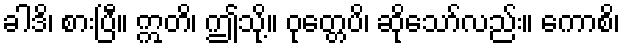
ခါဒိ၊ စားပြီ။ ဣတိ၊ ဤသို့။ ဝုတ္တေပိ၊ ဆိုသော်လည်း။ ကောစိ၊